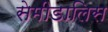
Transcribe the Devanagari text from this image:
सेमीडालिस